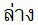
ล่าง